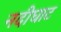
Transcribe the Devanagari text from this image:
नदीघाट